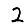
Digit: 2